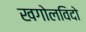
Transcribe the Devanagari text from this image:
खगोलविदो